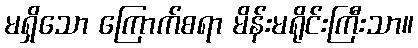
မရှိသော ကြောက်စရာ မိန်းမရိုင်းကြီးသာ။